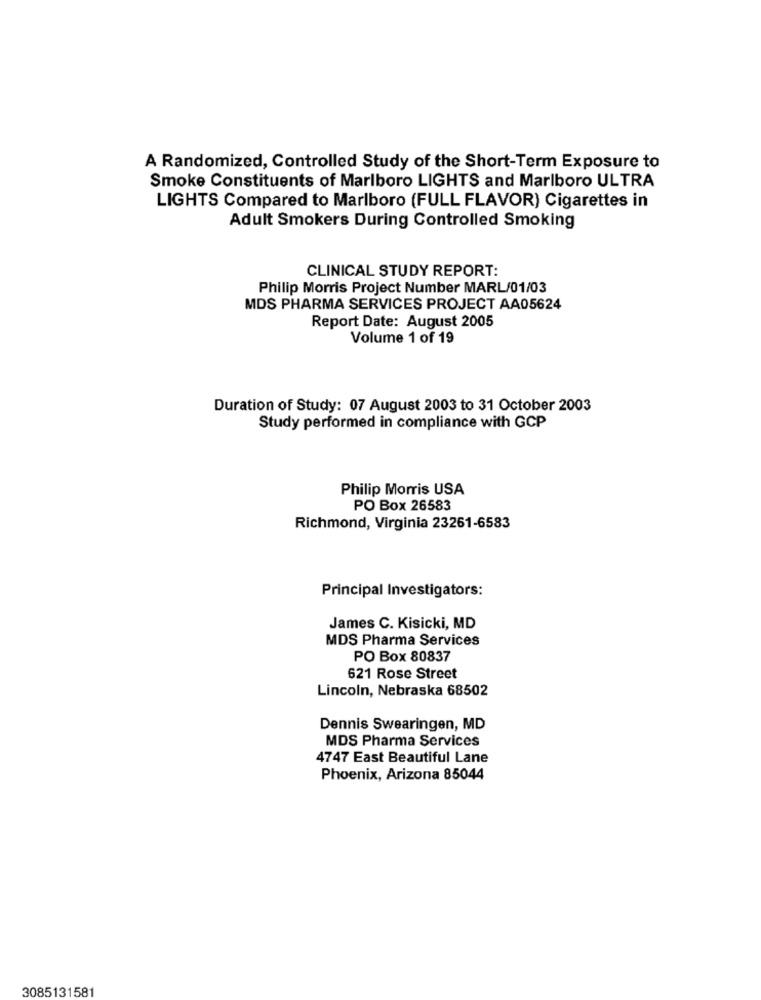
A Randomized, Controlled Study of the Short-Term Exposure to
Smoke Constituents of Marlboro LIGHTS and Marlboro ULTRA
LIGHTS Compared to Marlboro (FULL FLAVOR) Cigarettes in
Adult Smokers During Controlled Smoking
CLINICAL STUDY REPORT:
Philip Morris Project Number MARL/01/03
MDS PHARMA SERVICES PROJECT AA05624
Report Date: August 2005
Volume 1 of 19
Duration of Study: 07 August 2003 to 31 October 2003
Study performed in compliance with GCP
Philip Morris USA
PO Box 26583
Richmond, Virginia 23261-6583
Principal Investigators:
James C. Kisicki, MD
MDS Pharma Services
PO Box 80837
621 Rose Street
Lincoln, Nebraska 68502
Dennis Swearingen, MD
MDS Pharma Services
4747 East Beautiful Lane
Phoenix, Arizona 85044
3085131581